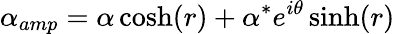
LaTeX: \alpha_{amp}=\alpha\cosh(r)+\alpha^{*}e^{i\theta}\sinh(r)